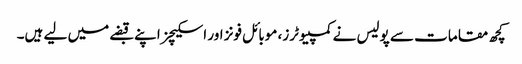
کچھ مقامات سے پولیس نے کمپیوٹرز، موبائل فونز اور اسکیچز اپنے قبضے میں لیے ہیں۔